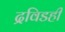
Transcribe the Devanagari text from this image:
द्रविडही